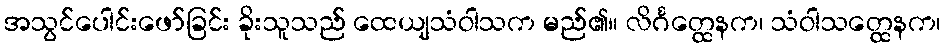
အသွင်ပေါင်းဖော်ခြင်း ခိုးသူသည် ထေယျသံဝါသက မည်၏။ လိင်္ဂတ္ထေနက၊ သံဝါသတ္ထေနက၊